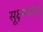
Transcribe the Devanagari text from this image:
सूक्ष्मवास्तु